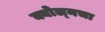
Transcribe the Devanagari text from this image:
क्योल्नचा